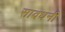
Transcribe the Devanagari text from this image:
सावधनी